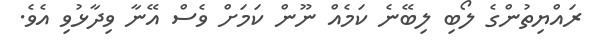
ރައްޔިތުންގެ ލޯބި ލިބޭނެ ކަމެއް ނޫން ކަމަށް ވެސް އޭނާ ވިދާޅުވި އެވެ.